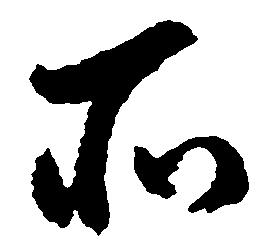
所